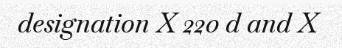
designation X 220 d and X